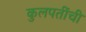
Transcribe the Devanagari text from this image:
कुलपतींची